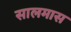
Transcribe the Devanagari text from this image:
सालमास